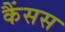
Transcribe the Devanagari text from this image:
कैंसस